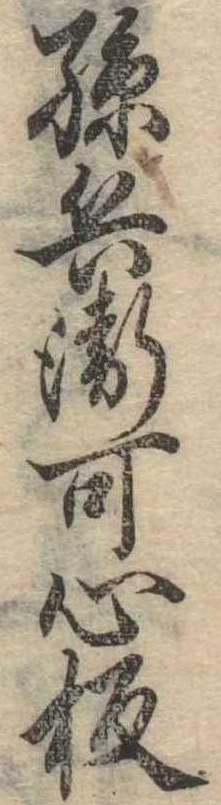
孫兵衛可心板